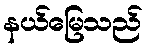
နယ်မြေသည်